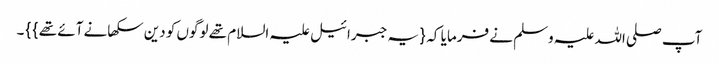
آپ صلی اللہ علیہ وسلم نے فرمایا کہ { یہ جبرائیل علیہ السلام تھے لوگوں کو دین سکھانے آئے تھے } } ۔